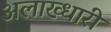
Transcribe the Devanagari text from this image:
अलाख्धारी